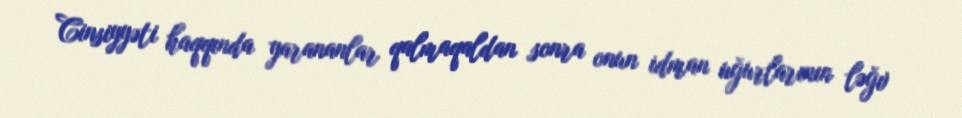
Cinsiyyəti haqqında yarananlar qalmaqaldan sonra onun idman uğurlarının ləğv